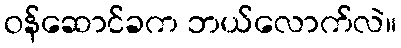
ဝန်ဆောင်ခက ဘယ်လောက်လဲ။